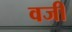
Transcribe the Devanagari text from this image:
वजी